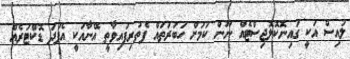
ލުއިސް އަކީ ގައިނޮކޮލޮޖިސްޓެއް ނޫން ކަމަށް ހަބަރުތައް ފެތުރިފައިވާތީ އޭނާއަކީ އެފަދަ ޑޮކްޓަރެއް